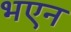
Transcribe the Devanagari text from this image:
भएन